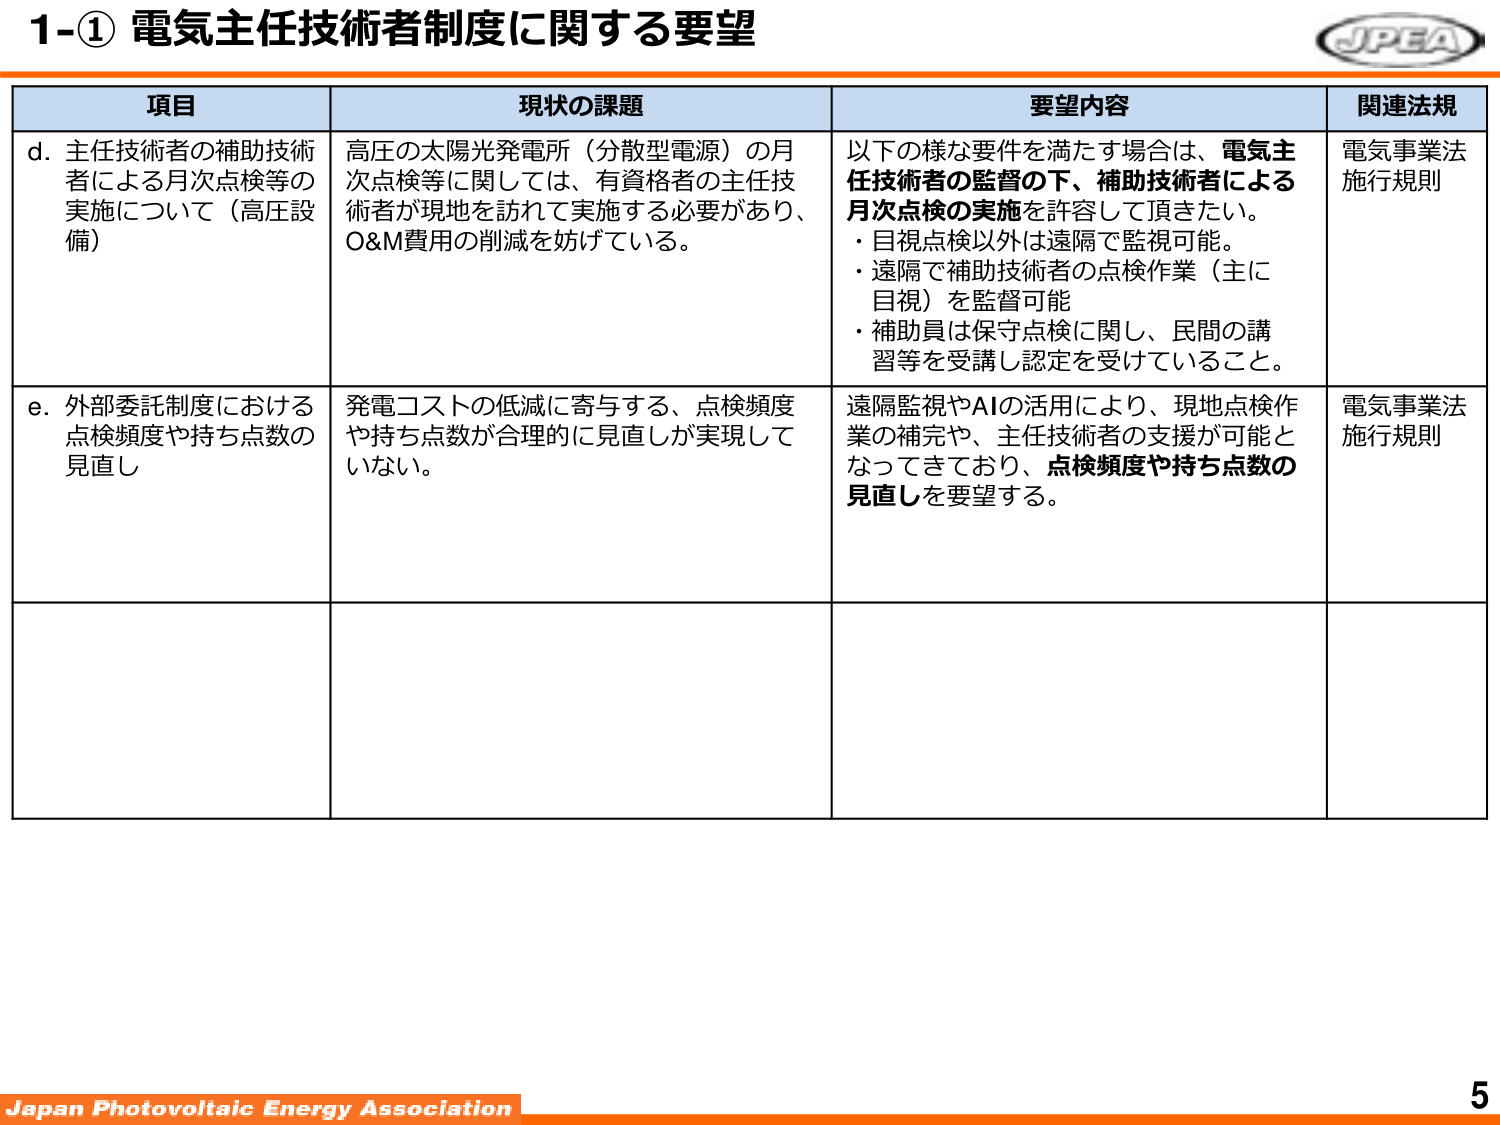
1-① 電気主任技術者制度に関する要望

項目 現状の課題 要望内容 関連法規

d. 主任技術者の補助技術者による月次点検等の実施について（高圧設備） 高圧の太陽光発電所（分散型電源）の月次点検等に関しては、有資格者の主任技術者が現地を訪れて実施する必要があり、O&M費用の削減を妨げている。 以下の様な要件を満たす場合は、電気主任技術者の監督の下、補助技術者による月次点検の実施を許容して頂きたい。 ・目視点検以外は遠隔で監視可能。 ・遠隔で補助技術者の点検作業（主に目視）を監督可能 ・補助員は保守点検に関し、民間の講習等を受講し認定を受けていること。 電気事業法施行規則

e. 外部委託制度における点検頻度や持ち点数の見直し 発電コストの低減に寄与する、点検頻度や持ち点数が合理的に見直しが実現していない。 遠隔監視やAIの活用により、現地点検作業の補完や、主任技術者の支援が可能となってきており、点検頻度や持ち点数の見直しを要望する。 電気事業法施行規則

Japan Photovoltaic Energy Association 5

JPEA